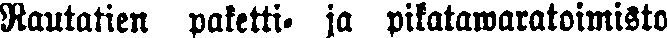
Rautatien paketti- ja pikatawaratoimisto